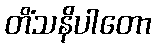
တိံသနိပါတော